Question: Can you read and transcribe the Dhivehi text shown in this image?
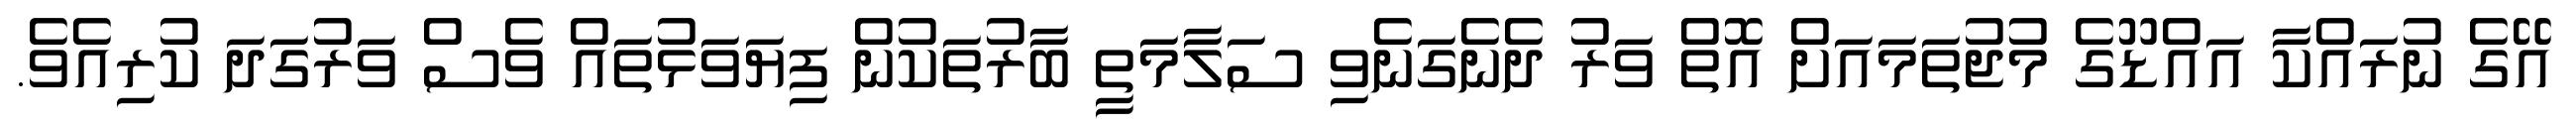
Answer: އޭގެ ނުރައްކާ އައްޑޫގެ މުޖުތަމައަށް އޮތް ވަރު ދެނެގަނެވި ސަލާމަތީ ބާރުތަކުން ފިޔަވަޅުތައް ވެސް ވަރުގަދަ ކުރިއެވެ.